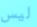
ليس